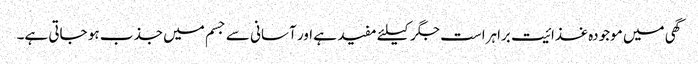
گھی میں موجودہ غذائیت براہراست جگر کیلئے مفید ہے اور آسانی سے جسم میں جذب ہو جاتی ہے۔